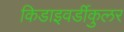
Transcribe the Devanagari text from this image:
किडाइवर्डीकुलर